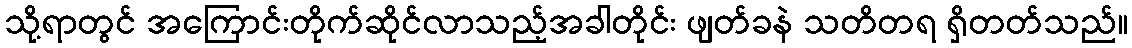
သို့ရာတွင် အကြောင်းတိုက်ဆိုင်လာသည့်အခါတိုင်း ဖျတ်ခနဲ သတိတရ ရှိတတ်သည်။